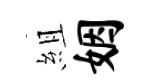
組姻